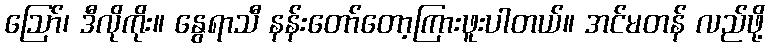
ဩော်၊ ဒီလိုကိုး။ နွေရာသီ နန်းတော်တော့ကြားဖူးပါတယ်။ အင်မတန် လည်ဖို့